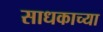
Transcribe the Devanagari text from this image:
साधकाच्या